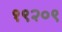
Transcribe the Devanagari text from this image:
१९२०९